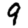
Digit: 9